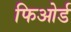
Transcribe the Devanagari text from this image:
फिओर्ड